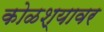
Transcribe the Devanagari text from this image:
कोळश्यावर